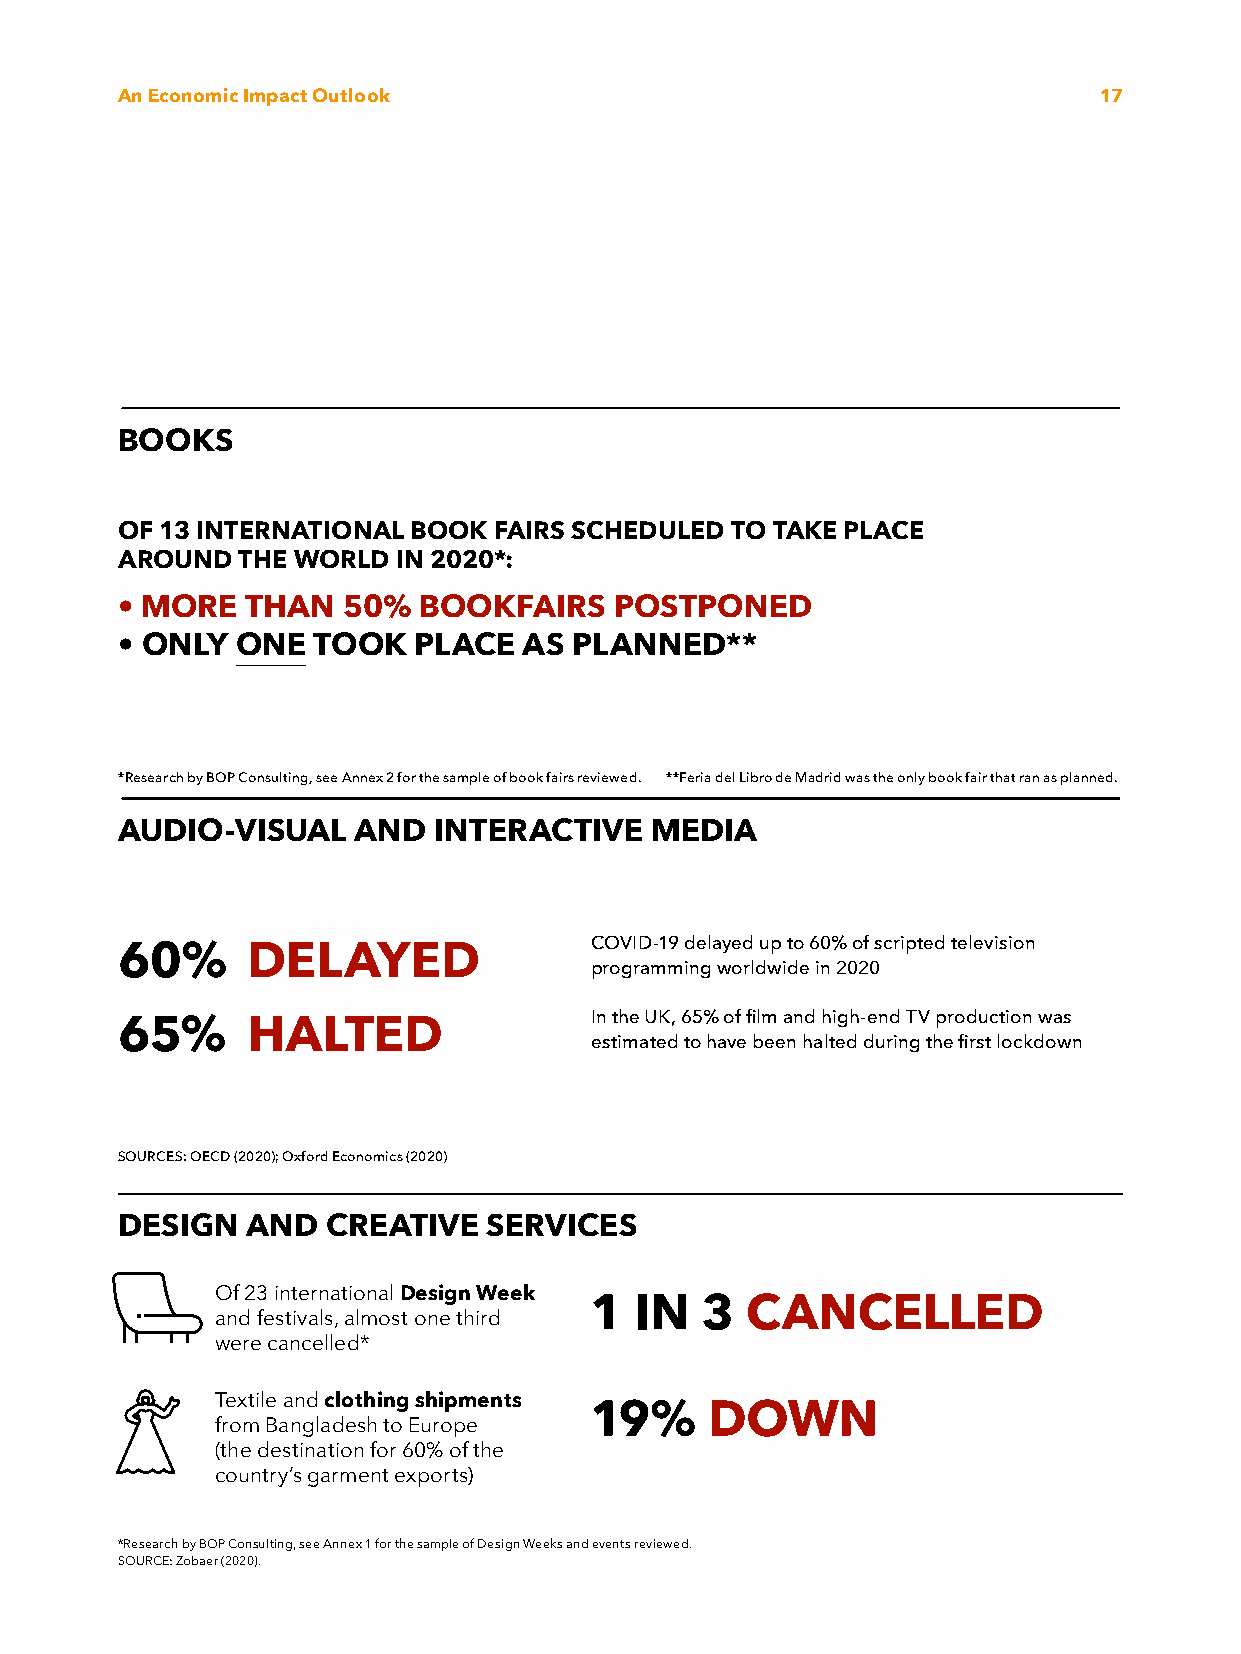
An Economic Impact Outlook                                       17
 BOOKS
 OF 13 INTERNATIONAL BOOK FAIRS SCHEDULED TO TAKE PLACE
 AROUND  THE WORLD IN 2020*:
 • MORE  THAN   50%  BOOKFAIRS    POSTPONED
 • ONLY  ONE  TOOK  PLACE   AS PLANNED**
 *Research by BOP Consulting, see Annex 2 for the sample of book fairs reviewed. **Feria del Libro de Madrid was the only book fair that ran as planned.
 AUDIO-VISUAL   AND   INTERACTIVE   MEDIA
 COVID-19 delayed up to 60% of scripted television
 60%     DELAYED
 programming worldwide in 2020
 In the UK, 65% of film and high-end TV production was
 65%     HALTED
 estimated to have been halted during the first lockdown
 SOURCES: OECD (2020); Oxford Economics (2020)
 DESIGN  AND   CREATIVE  SERVICES
 Of 23 international Design Week
 1  IN  3  CANCELLED
 and festivals, almost one third
 were cancelled*
 Textile and clothing shipments
 19%     DOWN
 from Bangladesh to Europe
 (the destination for 60% of the
 country’s garment exports)
 *Research by BOP Consulting, see Annex 1 for the sample of Design Weeks and events reviewed.
 SOURCE: Zobaer (2020).